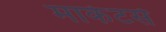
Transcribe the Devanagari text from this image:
मार्केटर्स